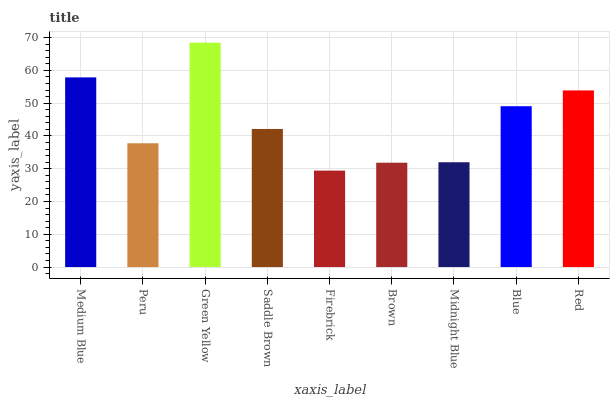
| xaxis_label | bars |
 | --- | --- |
 | Medium Blue | 57.9 |
 | Peru | 37.8 |
 | Green Yellow | 68.5 |
 | Saddle Brown | 42.1 |
 | Firebrick | 29.4 |
 | Brown | 31.8 |
 | Midnight Blue | 32 |
 | Blue | 49.1 |
 | Red | 53.9 |